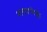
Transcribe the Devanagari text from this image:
नातवाचेही